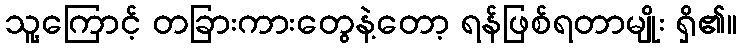
သူ့ကြောင့် တခြားကားတွေနဲ့တော့ ရန်ဖြစ်ရတာမျိုး ရှိ၏။